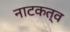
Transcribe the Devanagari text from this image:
नाटकत्व